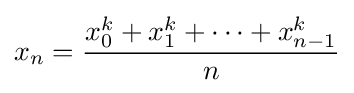
x_{n}={\frac {x_{0}^{k}+x_{1}^{k}+\cdots +x_{n-1}^{k}}{n}}